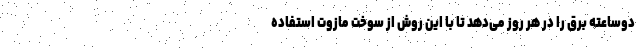
دوساعته برق را در هر روز می‌دهد تا با این روش از سوخت مازوت استفاده